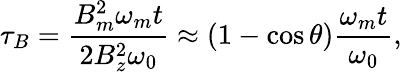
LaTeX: \tau_{B}=\frac{B_{m}^{2}\omega_{m}t}{2B_{z}^{2}\omega_{0}}\approx(1-\cos\theta)\frac{\omega_{m}t}{\omega_{0}},